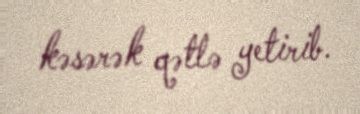
kəsərək qətlə yetirib.